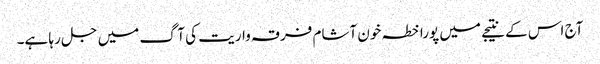
آج اس کے نتیجے میں پورا خطہ خون آشام فرقہ واریت کی آگ میں جل رہا ہے۔